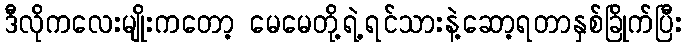
ဒီလိုကလေးမျိုးကတော့ မေမေတို့ရဲ့ရင်သားနဲ့ဆော့ရတာနှစ်ခြိုက်ပြီး